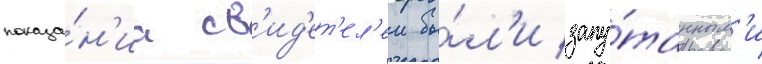
показа́н'иа св'ид'ет'ел'еи бы́л'и запу́танным'и